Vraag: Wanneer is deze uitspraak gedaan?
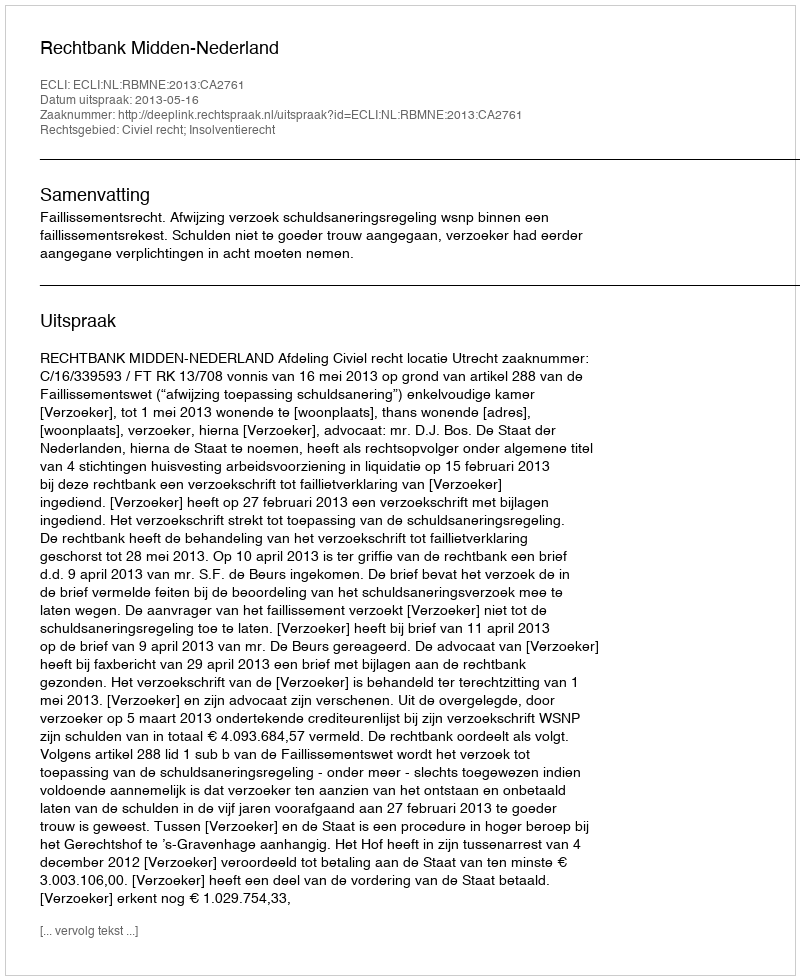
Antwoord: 2013-05-16